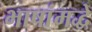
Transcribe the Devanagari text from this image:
भाषांमद्धे